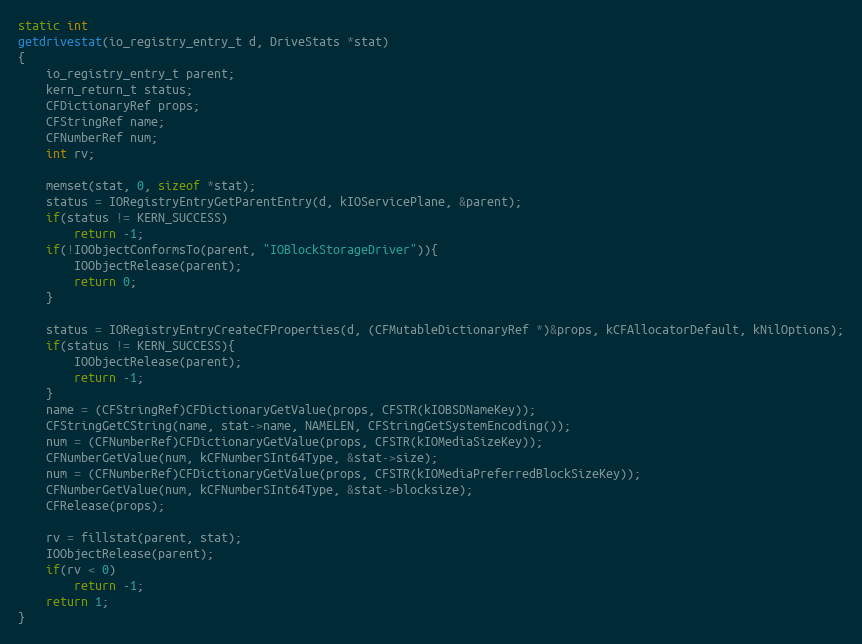
Language: C
static int
getdrivestat(io_registry_entry_t d, DriveStats *stat)
{
	io_registry_entry_t parent;
	kern_return_t status;
	CFDictionaryRef props;
	CFStringRef name;
	CFNumberRef num;
	int rv;

	memset(stat, 0, sizeof *stat);
	status = IORegistryEntryGetParentEntry(d, kIOServicePlane, &parent);
	if(status != KERN_SUCCESS)
		return -1;
	if(!IOObjectConformsTo(parent, "IOBlockStorageDriver")){
		IOObjectRelease(parent);
		return 0;
	}

	status = IORegistryEntryCreateCFProperties(d, (CFMutableDictionaryRef *)&props, kCFAllocatorDefault, kNilOptions);
	if(status != KERN_SUCCESS){
		IOObjectRelease(parent);
		return -1;
	}
	name = (CFStringRef)CFDictionaryGetValue(props, CFSTR(kIOBSDNameKey));
	CFStringGetCString(name, stat->name, NAMELEN, CFStringGetSystemEncoding());
	num = (CFNumberRef)CFDictionaryGetValue(props, CFSTR(kIOMediaSizeKey));
	CFNumberGetValue(num, kCFNumberSInt64Type, &stat->size);
	num = (CFNumberRef)CFDictionaryGetValue(props, CFSTR(kIOMediaPreferredBlockSizeKey));
	CFNumberGetValue(num, kCFNumberSInt64Type, &stat->blocksize);
	CFRelease(props);

	rv = fillstat(parent, stat);
	IOObjectRelease(parent);
	if(rv < 0)
		return -1;
	return 1;
}